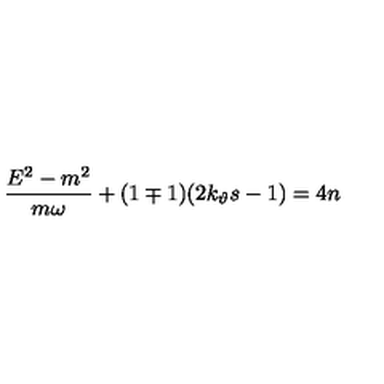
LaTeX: \frac { E ^ { 2 } - m ^ { 2 } } { m \omega } + ( 1 \mp 1 ) ( 2 k _ { \vartheta } s - 1 ) = 4 n